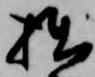
拙